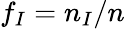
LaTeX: f_{I}=n_{I}/n